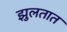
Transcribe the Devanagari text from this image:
झुलतात